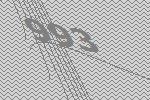
993